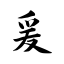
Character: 爰